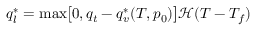
q _ { l } ^ { * } = \operatorname* { m a x } \bigl [ 0 , q _ { t } - q _ { v } ^ { * } ( T , p _ { 0 } ) \bigr ] \mathcal { H } ( T - T _ { f } )